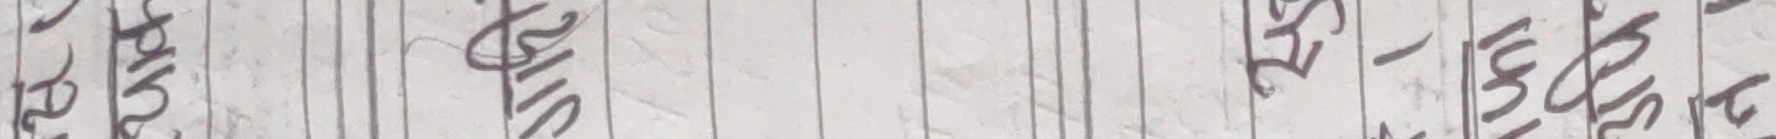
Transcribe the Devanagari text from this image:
प्राय होस् स्त - सहयोग